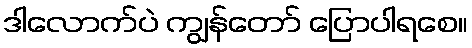
ဒါလောက်ပဲ ကျွန်တော် ပြောပါရစေ။